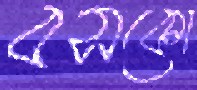
বসকো